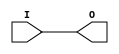
module IBUFG_HSTL_IV (O, I);

    output O;

    input  I;

	buf B1 (O, I);


endmodule